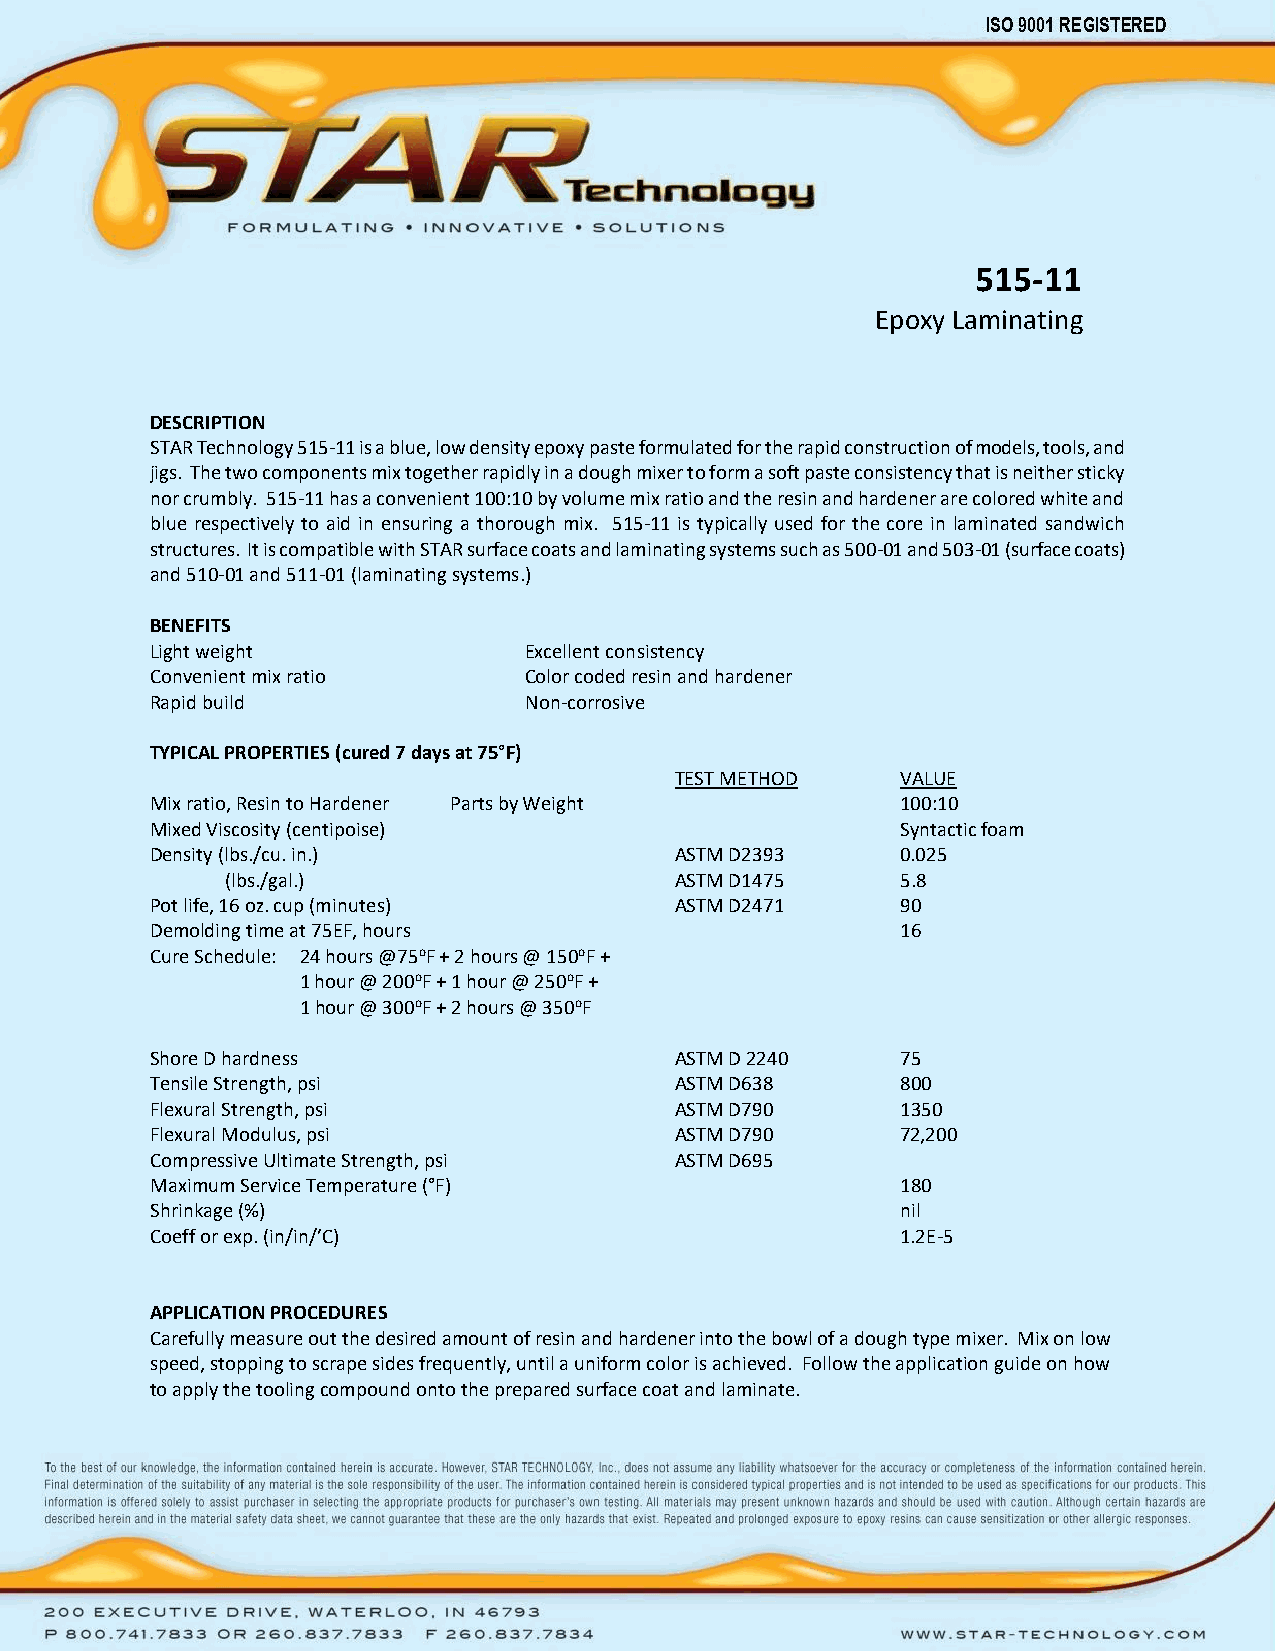
515-11
 Epoxy Laminating
 DESCRIPTION
 STAR Technology 515-11 is a blue, low density epoxy paste formulated for the rapid construction of models, tools, and
 jigs. The two components mix together rapidly in a dough mixer to form a soft paste consistency that is neither sticky
 nor crumbly. 515-11 has a convenient 100:10 by volume mix ratio and the resin and hardener are colored white and
 blue respectively to aid in ensuring a thorough mix. 515-11 is typically used for the core in laminated sandwich
 structures. It is compatible with STAR surface coats and laminating systems such as 500-01 and 503-01 (surface coats)
 and 510-01 and 511-01 (laminating systems.)
 BENEFITS
 Light weight             Excellent consistency
 Convenient mix ratio     Color coded resin and hardener
 Rapid build              Non-corrosive
 TYPICAL PROPERTIES (cured 7 days at 75°F)
 TEST METHOD    VALUE
 Mix ratio, Resin to Hardener Parts by Weight      100:10
 Mixed Viscosity (centipoise)                      Syntactic foam
 Density (lbs./cu. in.)             ASTM D2393     0.025
 (lbs./gal.)                   ASTM D1475     5.8
 Pot life, 16 oz. cup (minutes)     ASTM D2471     90
 Demolding time at 75EF, hours                     16
 Cure Schedule: 24 hours @75oF + 2 hours @ 150oF +
 1 hour @ 200oF + 1 hour @ 250oF +
 1 hour @ 300oF + 2 hours @ 350oF
 Shore D hardness                   ASTM D 2240    75
 Tensile Strength, psi              ASTM D638      800
 Flexural Strength, psi             ASTM D790      1350
 Flexural Modulus, psi              ASTM D790      72,200
 Compressive Ultimate Strength, psi ASTM D695
 Maximum Service Temperature (°F)                  180
 Shrinkage (%)                                     nil
 Coeff or exp. (in/in/’C)                          1.2E-5
 APPLICATION PROCEDURES
 Carefully measure out the desired amount of resin and hardener into the bowl of a dough type mixer. Mix on low
 speed, stopping to scrape sides frequently, until a uniform color is achieved. Follow the application guide on how
 to apply the tooling compound onto the prepared surface coat and laminate.